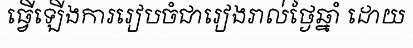
ធ្វើឡើងការរៀបចំជារៀងរាល់ថ្ងៃឆ្នាំ ដោយ